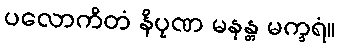
ပလောကိတံ နိပုဏ မနန္တ မက္ခရံ။